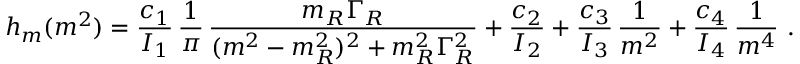
h _ { m } ( m ^ { 2 } ) = \frac { c _ { 1 } } { { \cal I } _ { 1 } } \, \frac { 1 } { \pi } \, \frac { m _ { R } \Gamma _ { R } } { ( m ^ { 2 } - m _ { R } ^ { 2 } ) ^ { 2 } + m _ { R } ^ { 2 } \Gamma _ { R } ^ { 2 } } + \frac { c _ { 2 } } { { \cal I } _ { 2 } } + \frac { c _ { 3 } } { { \cal I } _ { 3 } } \, \frac { 1 } { m ^ { 2 } } + \frac { c _ { 4 } } { { \cal I } _ { 4 } } \, \frac { 1 } { m ^ { 4 } } ~ .